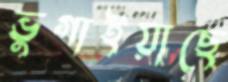
ভুগাইয়াছে